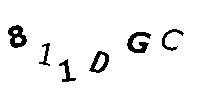
811DGC